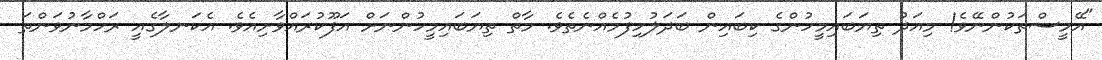
"އޭމީސްތަކުންނޭވެ! މިއަދު ތިޔަބައިމީހުންގެ ކިބައިން ބަދަލުހިފުމެއްނެތެވެ. މާތް ތިޔަބައިމީހުންނަށް އަފޫކުރައްވާށިއެވެ. އެކަނލާގެއީ ރަހްމާނުވަންތަ